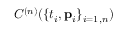
C ^ { ( n ) } ( \{ t _ { i } , { \bf p } _ { i } \} _ { i = 1 , n } )